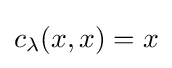
c_{\lambda }(x,x)=x